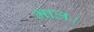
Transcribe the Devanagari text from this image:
भाल।